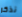
نذكر